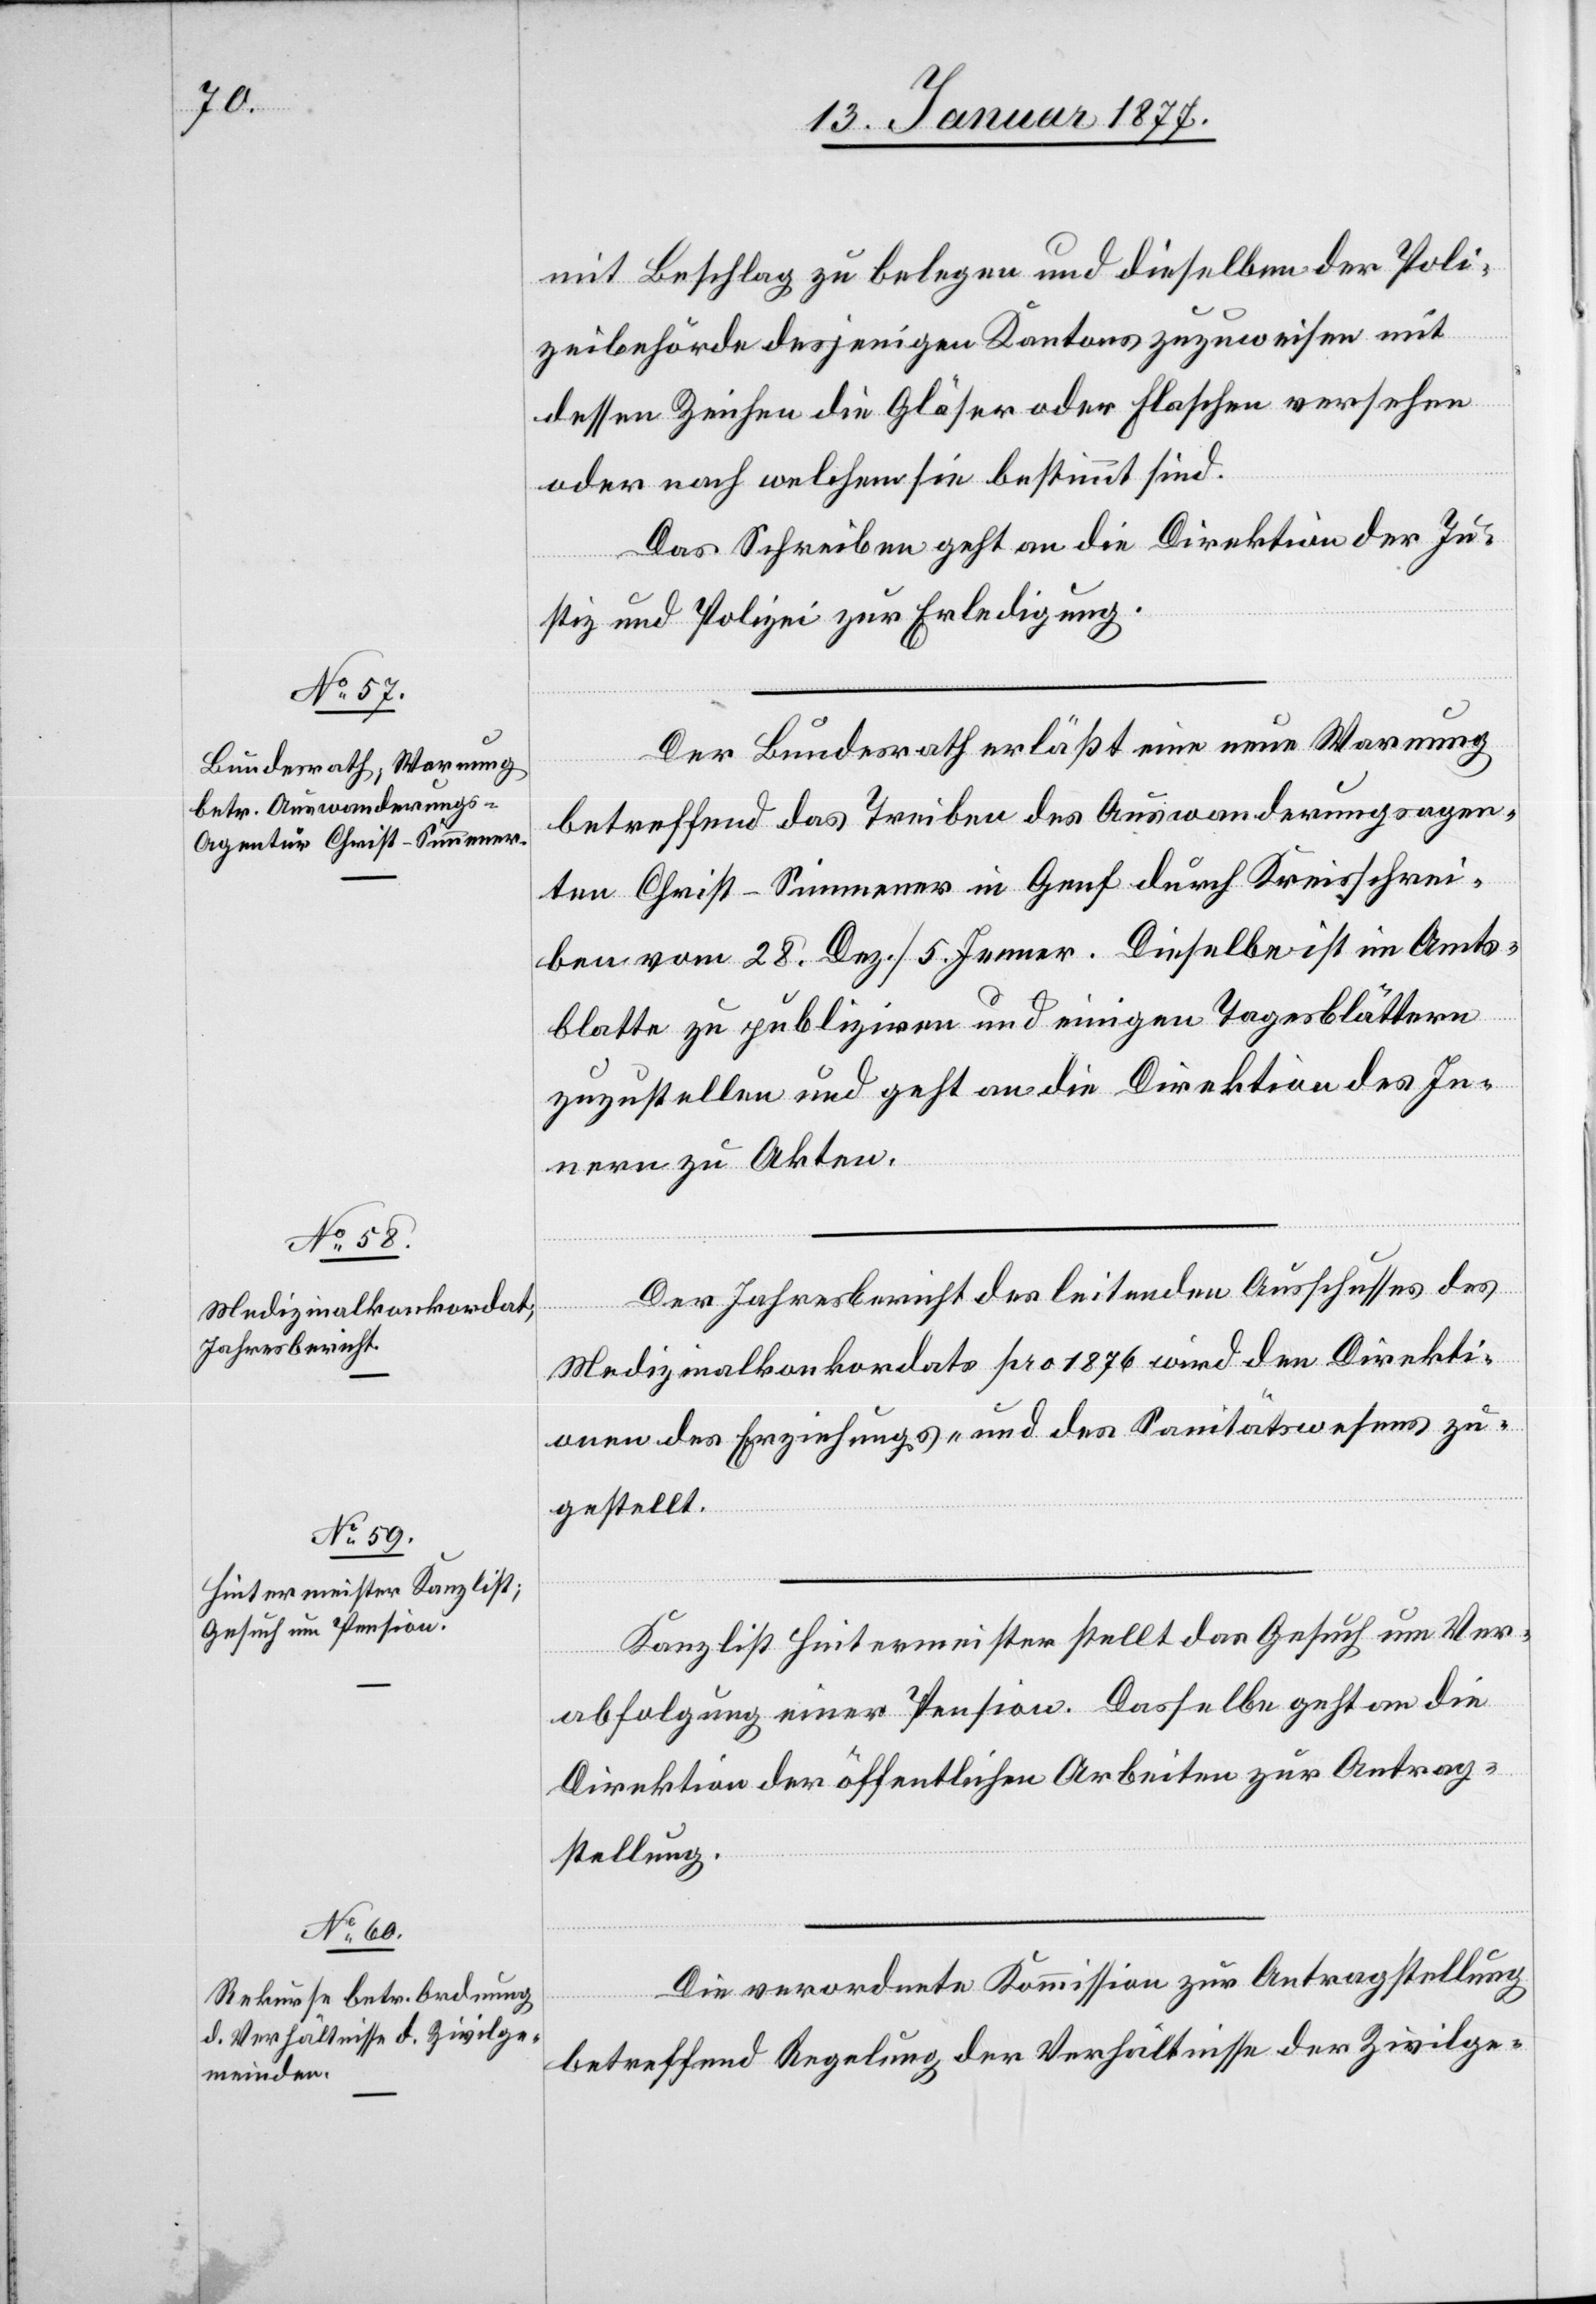
mit Beschlag zu belegen und dieselben der Poli¬
zeibehörde desjenigen Kantons zuzuweisen mit
dessen Zeichen die Gläser oder Flaschen versehen
oder nach welchem sie bestimmt sind.
Das Schreiben geht an die Direktion der Ju¬
stiz und Polizei zur Erledigung.
Der Bundesrath erläßt eine neue Warnung
betreffend das Treiben des Auswanderungsagen¬
ten Christ-Simmener in Genf durch Kreisschrei¬
ben vom 28. Dez./5. Januar. Dieselbe ist im Amts¬
blatte zu publiziren und einigen Tagesblättern
zuzustellen und geht an die Direktion des In¬
nern zu Akten.
Der Jahresbericht des leitenden Ausschusses des
Medizinalkonkordates pro 1876 wird den Direkti¬
onen des Erziehungs- und des Sanitätswesens zu¬
gestellt.
Kanzlist Hintermeister stellt das Gesuch um Ver¬
abfolgung einer Pension. Dasselbe geht an die
Direktion der öffentlichen Arbeiten zur Antrag¬
stellung.
Die verordnete Kommission zur Antragstellung
betreffend Regelung der Verhältnisse der Zivilge-